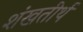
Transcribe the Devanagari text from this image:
शंखतीर्थ